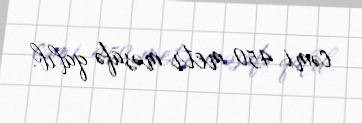
cəmi 450 metr məsafə qalıb.